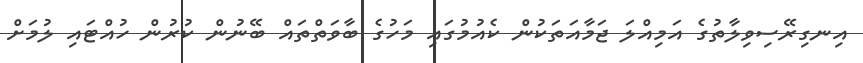
އިނގިރޭސިވިލާތުގެ އަމިއްލަ ޖަމާއަތަކުން ކެއުމުގައި މަހުގެ ބާވަތްތައް ބޭނުން ކުރުން ހުއްޓައި ލުމަށް